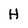
Character: H